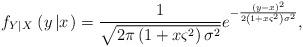
LaTeX: \begin{align*}{f_{Y\left| X \right.}}\left( {y\left| x \right.} \right) = \frac{1}{{\sqrt {2\pi \left( {1 + x{\varsigma ^2}} \right){\sigma ^2}} }}{e^{ - \frac{{{{\left( {y - x} \right)}^2}}}{{2\left( {1 + x{\varsigma ^2}} \right){\sigma ^2}}}}},\end{align*}